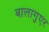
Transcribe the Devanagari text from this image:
बालागुएर